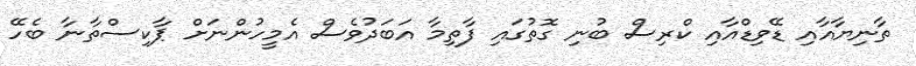
ތާނިޔާއާއި ޑޭވިޑްއާއި ކްރިސް ބުނި ގޮތުގައި ފާތިމާ އަބަދުވެސް އެމީހުންނަށް ޕާކިސްތާނާ ބެހޭ